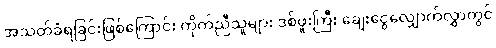
အသတ်ခံရခြင်းဖြစ်ကြောင်း ကိုက်ညီသူများ ဒစ်ဖူးကြီး ချေးငွေလျှောက်လွှာတွင်